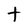
Character: t